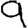
Digit: 9